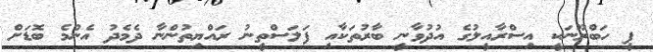
ޕީ ހަބްރޫނަކީ އިސްރާއީލުގެ އުދުވާނީ ބާރުތަކާއި ފަލަސްތީނު ރައްޔިތުންނާ ދެމެދު އެންމެ ބޮޑަށް